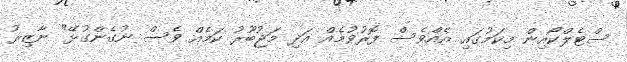
ސްޓެލްކޯއިން މިކަމުގައި އެއްވެސް ފޮރުވުމެއް އަދި މަޖުބޫރު ކަމެއް ވެސް ނުގެންގުޅޭ" ނާޒިރު